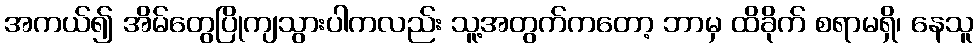
အကယ်၍ အိမ်တွေပြိုကျသွားပါကလည်း သူ့အတွက်ကတော့ ဘာမှ ထိခိုက် စရာမရှိ၊ နေသူ